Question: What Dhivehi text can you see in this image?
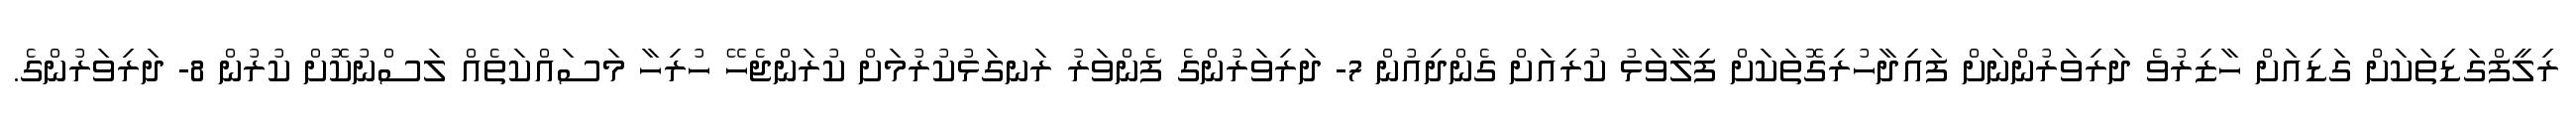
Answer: ރިލީފްގަޑިތަކަށް ގަޑިއަށް ހާޒިރުވެ ދަރިވަރުންނަށް ފައިދާހުރިގޮތަކަށް ފިލާވަޅު ކުރިއަށް ގެންދިއުން 7- ދަރިވަރުންގެ ފެންވަރު ރަނގަޅުކުރުމަށް ކުރަންޖެހޭ ހުރިހާ މަސައްކަތެއް ލަސްނުކޮށް ކުރުން 8- ދަރިވަރުންގެ.